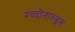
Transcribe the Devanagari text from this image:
म्च्दोनाल्ड्स